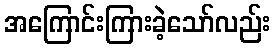
အကြောင်းကြားခဲ့သော်လည်း